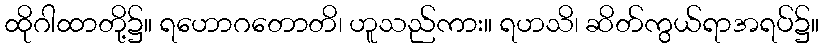
ထိုဂါထာတို့၌။ ရဟောဂတောတိ၊ ဟူသည်ကား။ ရဟသိ၊ ဆိတ်ကွယ်ရာအရပ်၌။